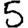
Digit: 5